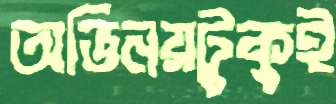
অভিনয়টুকুই